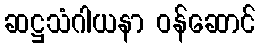
ဆဋ္ဌသံဂါယနာ ဝန်ဆောင်